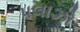
પલાઝો